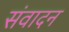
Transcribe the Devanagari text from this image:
संवादन